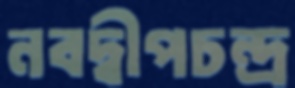
নবদ্বীপচন্দ্র